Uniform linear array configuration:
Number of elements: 32
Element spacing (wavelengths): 0.25
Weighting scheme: kaiser
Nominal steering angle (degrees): -60
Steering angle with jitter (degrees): -59.821
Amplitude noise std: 0.05
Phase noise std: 0.05

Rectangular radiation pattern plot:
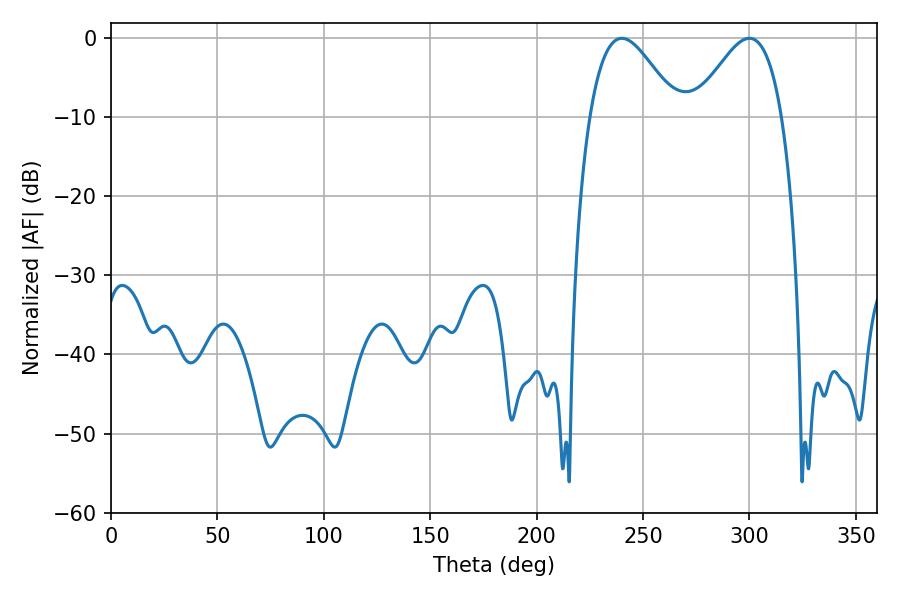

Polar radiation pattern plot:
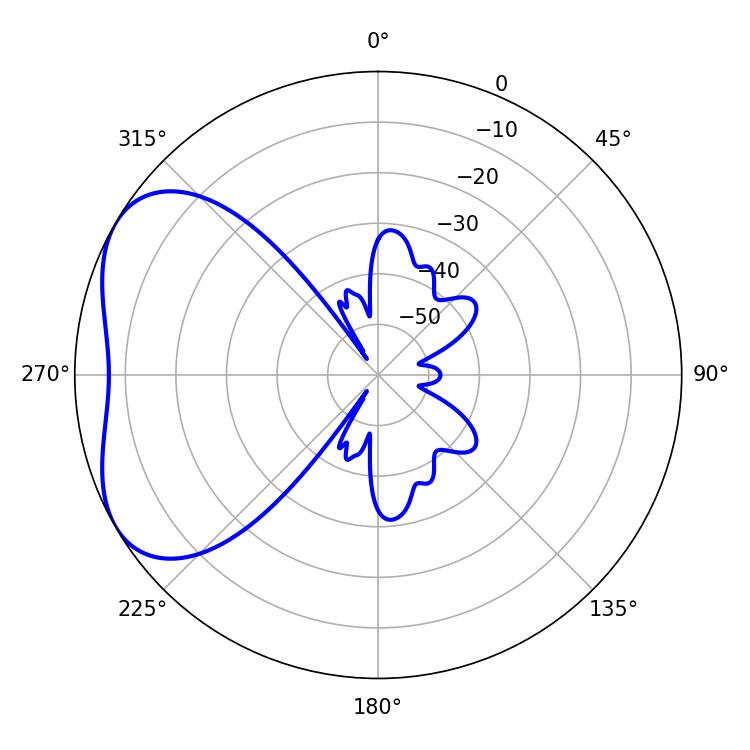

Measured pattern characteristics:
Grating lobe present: FALSE
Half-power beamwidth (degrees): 22.14
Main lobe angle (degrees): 299.88